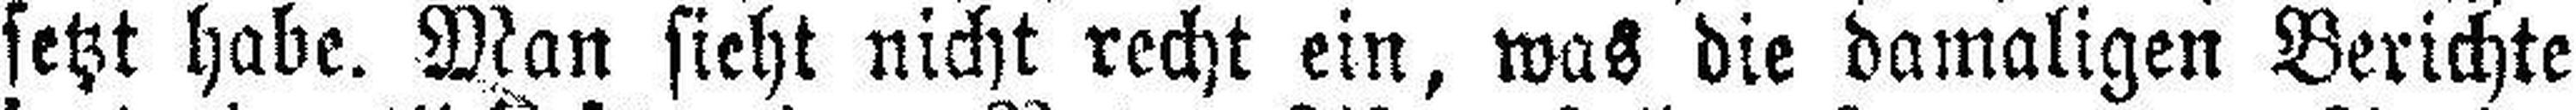
setzt habe. Plan sieht nicht recht ein, was die damaligen Berichte